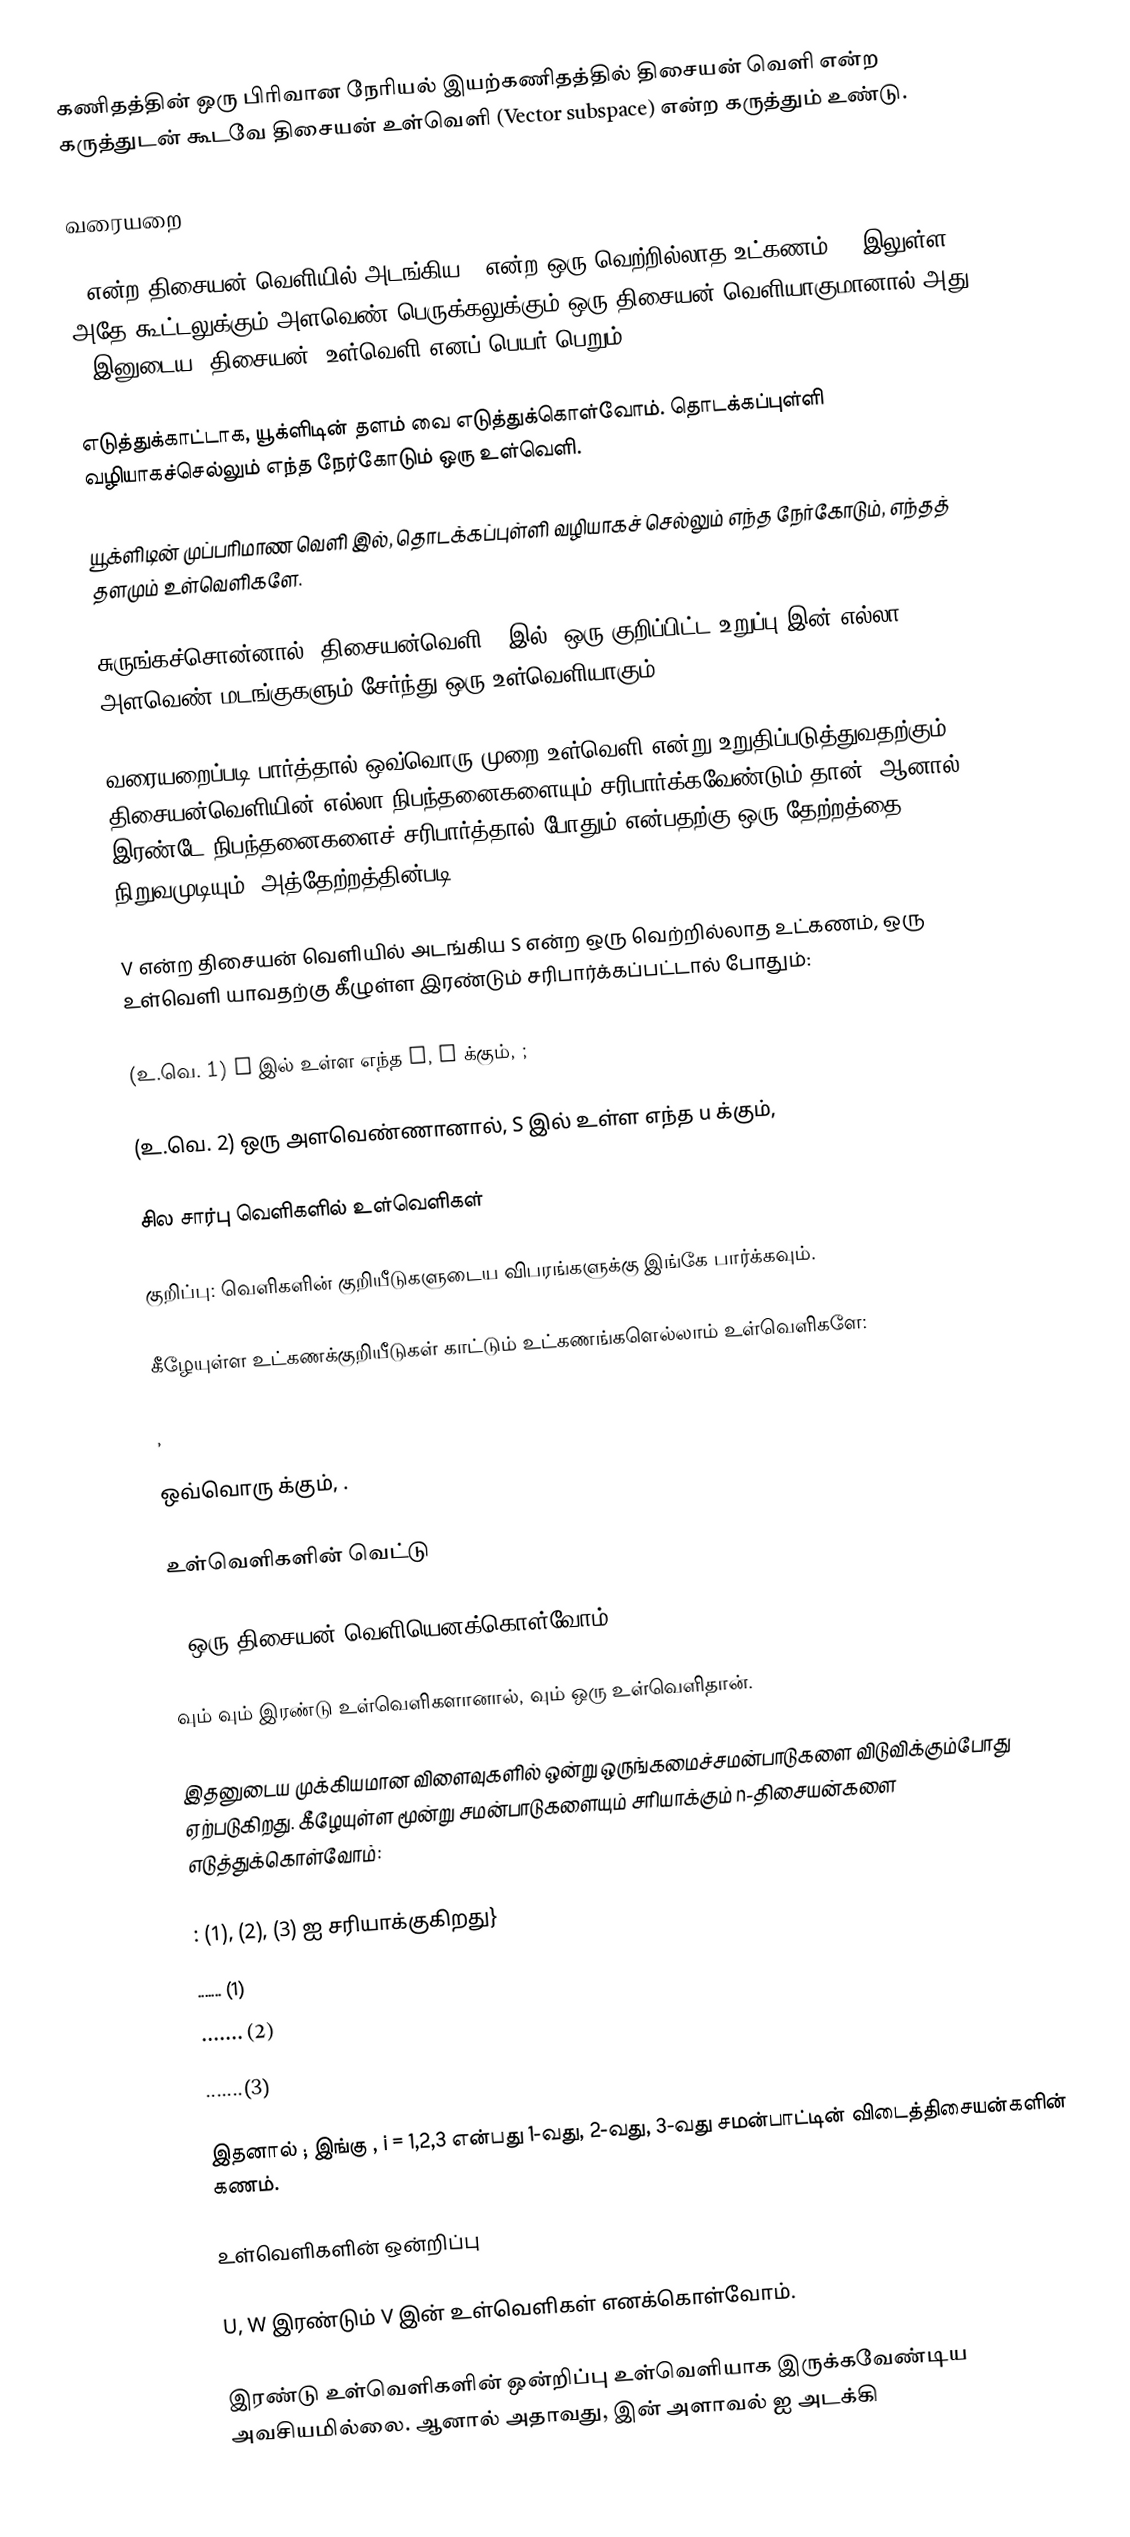
கணிதத்தின் ஒரு பிரிவான  நேரியல் இயற்கணிதத்தில் திசையன் வெளி என்ற கருத்துடன்  கூடவே திசையன் உள்வெளி (Vector subspace) என்ற கருத்தும் உண்டு.

வரையறை

V  என்ற திசையன் வெளியில் அடங்கிய S என்ற ஒரு வெற்றில்லாத உட்கணம், V இலுள்ள அதே கூட்டலுக்கும் அளவெண் பெருக்கலுக்கும் ஒரு திசையன் வெளியாகுமானால் அது V இனுடைய (திசையன்) உள்வெளி எனப் பெயர் பெறும்.

எடுத்துக்காட்டாக, யூக்ளிடின் தளம்  வை எடுத்துக்கொள்வோம். தொடக்கப்புள்ளி வழியாகச்செல்லும் எந்த நேர்கோடும் ஒரு உள்வெளி.

யூக்ளிடின் முப்பரிமாண வெளி  இல், தொடக்கப்புள்ளி வழியாகச் செல்லும் எந்த நேர்கோடும்,  எந்தத் தளமும் உள்வெளிகளே.

சுருங்கச்சொன்னால், திசையன்வெளி  V இல், ஒரு குறிப்பிட்ட உறுப்பு   இன் எல்லா அளவெண் மடங்குகளும் சேர்ந்து ஒரு உள்வெளியாகும்.

வரையறைப்படி பார்த்தால் ஒவ்வொரு முறை உள்வெளி என்று உறுதிப்படுத்துவதற்கும் திசையன்வெளியின் எல்லா நிபந்தனைகளையும் சரிபார்க்கவேண்டும் தான். ஆனால், இரண்டே நிபந்தனைகளைச் சரிபார்த்தால் போதும் என்பதற்கு ஒரு தேற்றத்தை நிறுவமுடியும். அத்தேற்றத்தின்படி,

V  என்ற திசையன் வெளியில் அடங்கிய S என்ற ஒரு வெற்றில்லாத உட்கணம், ஒரு உள்வெளி யாவதற்கு கீழுள்ள இரண்டும் சரிபார்க்கப்பட்டால் போதும்:

(உ.வெ. 1) S இல் உள்ள எந்த u, v க்கும், ;

(உ.வெ. 2)  ஒரு அளவெண்ணானால், S இல் உள்ள எந்த  u க்கும்,

சில சார்பு வெளிகளில் உள்வெளிகள்

குறிப்பு: வெளிகளின் குறியீடுகளுடைய விபரங்களுக்கு இங்கே பார்க்கவும்.

கீழேயுள்ள உட்கணக்குறியீடுகள் காட்டும் உட்கணங்களெல்லாம் உள்வெளிகளே:

,

ஒவ்வொரு   க்கும்,  .

உள்வெளிகளின் வெட்டு

V ஒரு திசையன் வெளியெனக்கொள்வோம்.

   வும்    வும்  இரண்டு உள்வெளிகளானால்,  வும் ஒரு உள்வெளிதான்.

இதனுடைய முக்கியமான விளைவுகளில் ஒன்று ஒருங்கமைச்சமன்பாடுகளை விடுவிக்கும்போது ஏற்படுகிறது. கீழேயுள்ள மூன்று சமன்பாடுகளையும் சரியாக்கும் n-திசையன்களை எடுத்துக்கொள்வோம்:

  : (1), (2), (3) ஐ சரியாக்குகிறது}
  ....... (1)
  ....... (2)
  .......(3)

இதனால்  ; இங்கு , i = 1,2,3 என்பது 1-வது, 2-வது, 3-வது  சமன்பாட்டின் விடைத்திசையன்களின் கணம்.

உள்வெளிகளின் ஒன்றிப்பு

U, W இரண்டும் V இன் உள்வெளிகள் எனக்கொள்வோம்.

இரண்டு உள்வெளிகளின் ஒன்றிப்பு உள்வெளியாக இருக்கவேண்டிய அவசியமில்லை.  ஆனால்   அதாவது,   இன் அளாவல்  ஐ அடக்கி